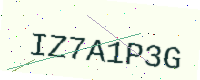
Text: IZ7A1P3G